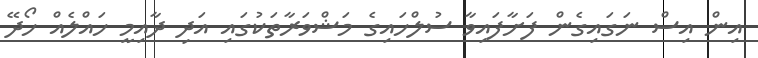
އިން އިސް ނަގައިގެން ފަށާފައިވާ ސުލްހައިގެ މަޝްވަރާތަކުގައި އަދި ދާއިމީ ހަައްލެއް ހޯދޭ